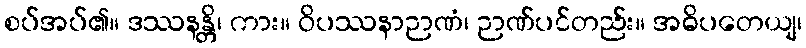
စပ်အပ်၏။ ဒဿနန္တိ၊ ကား။ ဝိပဿနာဉာဏံ၊ ဉာဏ်ပင်တည်း။ အဓိပတေယျ၊